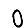
Digit: 0